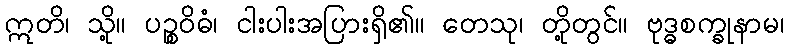
ဣတိ၊ သို့။ ပဉ္စဝိဓံ၊ ငါးပါးအပြားရှိ၏။ တေသု၊ တို့တွင်။ ဗုဒ္ဓစက္ခုနာမ၊